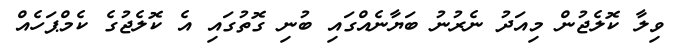
ވިލާ ކޮލެޖުން މިއަދު ނެރުނު ބަޔާނެއްގައި ބުނި ގޮތުގައި އެ ކޮލެޖުގެ ކެމްޕަހެއް